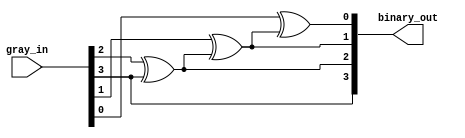
`timescale 1ns / 1ps

module gray2binary(
    input [3:0] gray_in,
    output [3:0] binary_out
    );
    
    buf buf1(binary_out[3],gray_in[3]);
    
    xor xor1(binary_out[2],gray_in[2],binary_out[3]),
        xor2(binary_out[1],gray_in[1],binary_out[2]),
        xor3(binary_out[0],gray_in[0],binary_out[1]);
    
endmodule